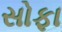
સોફા